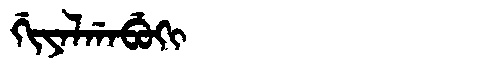
Manchu: ᡤᡳᠶᠠᠯᡤᠠᠪᡠᡴᡳ
Romanization: GIYALGABUKI